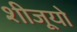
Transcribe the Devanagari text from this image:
शीजूयो